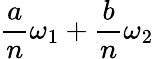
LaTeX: {\frac{a}{n}}\omega_{1}+{\frac{b}{n}}\omega_{2}